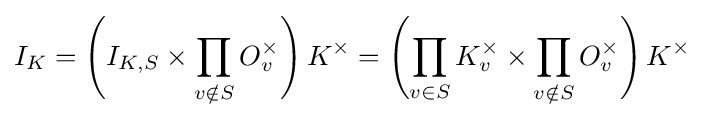
I_{K}=\left(I_{K,S}\times \prod _{v\notin S}O_{v}^{\times }\right)K^{\times }=\left(\prod _{v\in S}K_{v}^{\times }\times \prod _{v\notin S}O_{v}^{\times }\right)K^{\times }